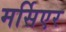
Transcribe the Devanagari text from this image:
मर्सिएर